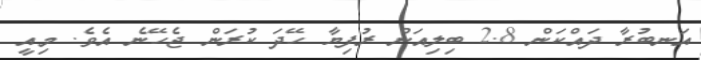
އަނބުރާ ދައްކަން 2.8 ބިލިއަން ރުފިޔާ ހޭދަ ކުރަން ޖެހޭނެ އެވެ. މިއީ